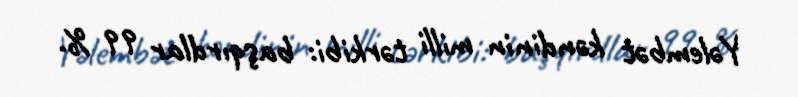
Yəlembət kəndinin milli tərkibi: başqırdlar 99 %.